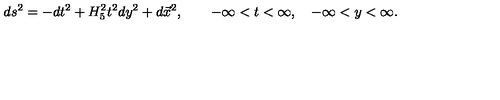
d s ^ { 2 } = - d t ^ { 2 } + H _ { 5 } ^ { 2 } t ^ { 2 } d y ^ { 2 } + d \vec { x } ^ { 2 } , \qquad - \infty < t < \infty , \quad - \infty < y < \infty .